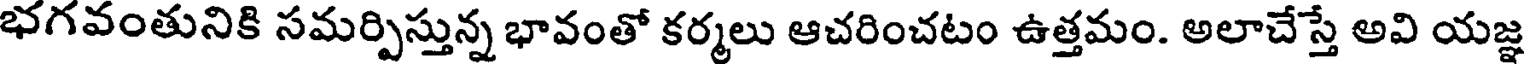
భగవంతునికి సమర్పిస్తున్న భావంతో కర్మలు ఆచరించటం ఉత్తమం. అలాచేస్తే అవి యజ్ఞ